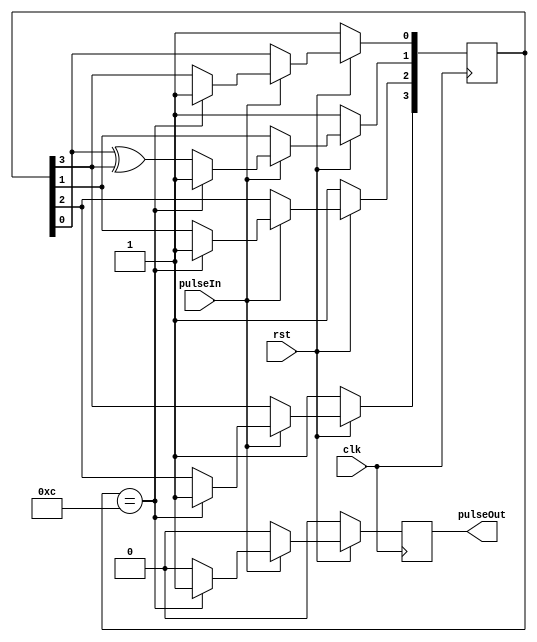
/*
millisecond timer based on the hundred microsecond timer
*/


module millisecondTimer(pulseIn, clk, rst, pulseOut);

	input pulseIn, clk, rst;
	output wire pulseOut;
	reg pulse;

	reg [3:0] LFSR;
  	wire feedback = LFSR[3];


	always @ (posedge clk)
		begin
			if(rst == 0)
				begin
					LFSR <= 4'b1111;
					pulse <= 0;
				end
			else 
				begin
					if(pulseIn == 1)
						begin
							if(LFSR == 4'b1100)
								begin
									LFSR <= 4'b1111;
									pulse <= 1;
								end
							else 
								begin
									LFSR[0] <= feedback;
								    LFSR[1] <= LFSR[0] ^ feedback;
								    LFSR[2] <= LFSR[1];
								    LFSR[3] <= LFSR[2];
									pulse <= 0;
								end
						end
					else 
						begin
							pulse <= 0;
						end
				end
		end
	assign pulseOut = pulse;
endmodule